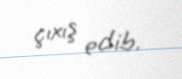
çıxış edib.